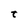
Character: t